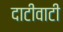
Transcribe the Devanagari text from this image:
दाटीवाटी